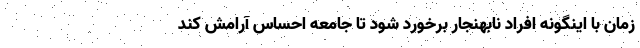
زمان با اینگونه افراد نابهنجار برخورد شود تا جامعه احساس آرامش کند